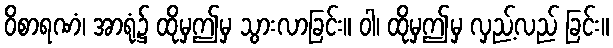
ဝိစာရဏံ၊ အာရုံ၌ ထိုမှဤမှ သွားလာခြင်း။ ဝါ၊ ထိုမှဤမှ လှည့်လည် ခြင်း။